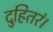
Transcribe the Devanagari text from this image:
दुहितरं।